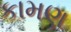
કામણ